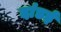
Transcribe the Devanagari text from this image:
दांडई